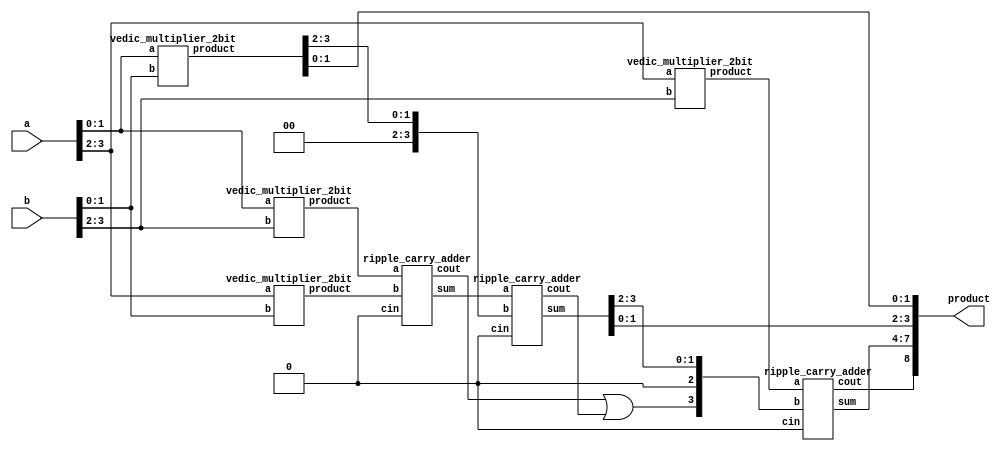

module vedic_multiplier_4bit(
    input [3:0]a,
    input [3:0]b,
    output [8:0]product
    );
    wire [15:0]w;
    wire [7:0]s;
    wire [2:0]c;
    wire [7:0]p;
    wire [3:0]rc2;
    wire [3:0]rc3;
    
    assign p[1:0]= w[1:0];
    assign rc2[1:0]=w[3:2];
    
    vedic_multiplier_2bit v1(a[1:0],b[1:0],w[3:0]);    
    vedic_multiplier_2bit v2(a[1:0],b[3:2],w[7:4]);
    vedic_multiplier_2bit v3(a[3:2],b[1:0],w[11:8]);
    vedic_multiplier_2bit v4(a[3:2],b[3:2],w[15:12]);
    
    ripple_carry_adder rca1(s[3:0],c[0],w[7:4],w[11:8],1'b0);
    
    assign rc2[3:2]=2'b00;
    
    ripple_carry_adder rca2(s[7:4],c[1],s[3:0],rc2[3:0],1'b0);
    
    or(rc3[3],c[0],c[1]);
    assign p[3:2]=s[5:4];
    assign rc3[1:0]=s[7:6];
    assign rc3[2]=1'b0;
    
    ripple_carry_adder rca3(p[7:4],c[2],w[15:12],rc3[3:0],1'b0);
    
    assign product={c[2],p[7:0]};
    
endmodule


module vedic_multiplier_2bit(
    input [1:0] a,
    input [1:0] b,
    output [3:0]product   
    );
    wire [3:0]p;
    wire [3:0]w;
    
    and(p[0],a[0],b[0]);
    and(w[0],a[0],b[1]);
    and(w[1],a[1],b[0]);
    and(w[2],a[1],b[1]);
       
    half_adder adder_1(w[0],w[1],p[1],w[3]);
    half_adder adder_2(w[3],w[2],p[2],p[3]);
    
    assign product={p[3:0]};
    
endmodule

module half_adder(
    input a,b,
    output sum,carry );
    
    assign sum = a ^ b ;
    assign carry = a & b ;
endmodule

module ripple_carry_adder(
    output [3:0] sum,
    output cout,
    input [3:0] a,
    input [3:0] b,
    input cin
);
    wire [3:0] c;
    fa adder1(sum[0], c[0], a[0], b[0], cin);
    fa adder2(sum[1], c[1], a[1], b[1], c[0]);
    fa adder3(sum[2], c[2], a[2], b[2], c[1]);
    fa adder4(sum[3], c[3], a[3], b[3], c[2]);
    assign cout = c[3];
endmodule

module fa(
    output sum, carry,
    input a, b, cin
);
    assign sum = a ^ b ^ cin;
    assign carry = (a & b) | (b & cin) | (cin & a);
endmodule